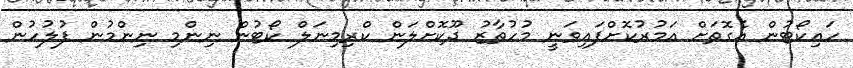
ހައިކޯޓުން އެގޮތަށް އަމުރުކޮށްފައިވަނީ މުހުތާޒު ދޫކޮށްލަން ކްރިމިނަލް ކޯޓުން ނިންމި ނިންމުން ފުލުހުން